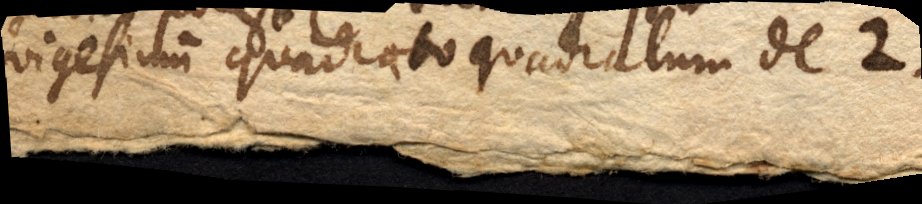
vigesimum quadrato quadratum de 2.